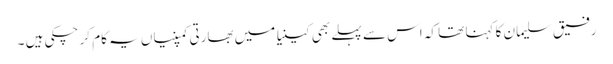
رفیق سلیمان کا کہنا تھا کہ اس سے پہلے بھی کینیا میں بھارتی کمپنیاں یہ کام کر چکی ہیں ۔